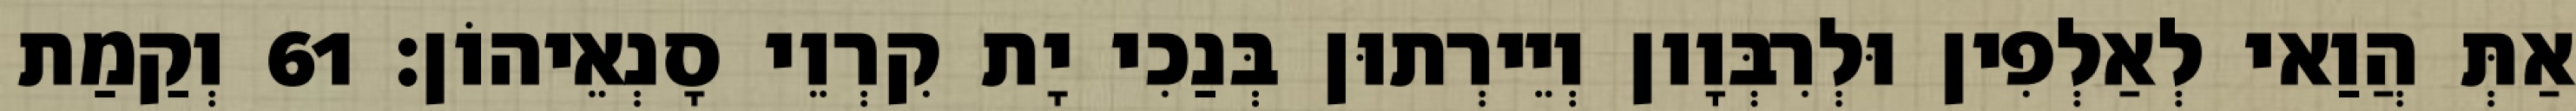
אַתְּ הֲוַאי לְאַלְפִין וּלְרִבְּוָון וְיֵירְתוּן בְּנַכִי יָת קִרְוֵי סָנְאֵיהוֹן׃ 61 וְקַמַת